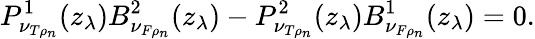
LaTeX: P_{\nu_{T\rho_{n}}}^{1}(z_{\lambda})B_{\nu_{F\rho_{n}}}^{2}(z_{\lambda})-P_{\nu_{T\rho_{n}}}^{2}(z_{\lambda})B_{\nu_{F\rho_{n}}}^{1}(z_{\lambda})=0.